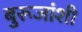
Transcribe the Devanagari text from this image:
बुरूजांशी